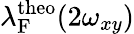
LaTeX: \lambda_{\mathrm{F}}^{\mathrm{theo}}(2\omega_{xy})